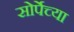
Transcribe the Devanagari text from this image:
सोर्पेच्या